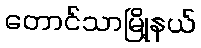
တောင်သာမြို့နယ်